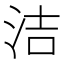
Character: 洁